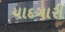
યાદગારી